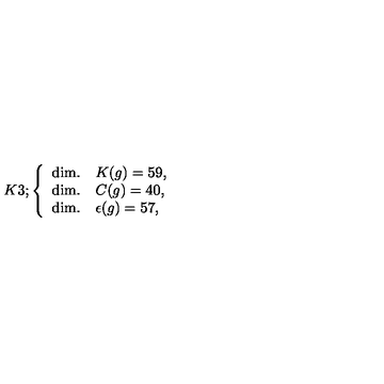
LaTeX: K 3 ; \left\{ \begin{array} { l l } { \mathrm { d i m . } } & { K ( g ) = 5 9 , } \\ { \mathrm { d i m . } } & { C ( g ) = 4 0 , } \\ { \mathrm { d i m . } } & { \epsilon ( g ) = 5 7 , } \\ \end{array} \right.